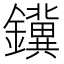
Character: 𮣪